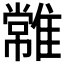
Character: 𩀯